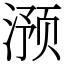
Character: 滪